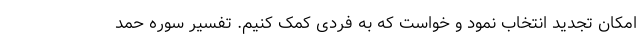
امکان تجدید انتخاب نمود و خواست که به فردی کمک کنیم. تفسیر سوره حمد